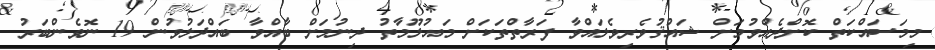
މިމަސައްކަތް ކޮށްދެއްވުމަށް ޝައުޤުވެރިވެލައްވާ ފަރާތްތަކަށް މައުލޫމާތު ދިނުމަށް ބާއްވާ ބައްދަލުވުން 19 ނޮވެންބަރު